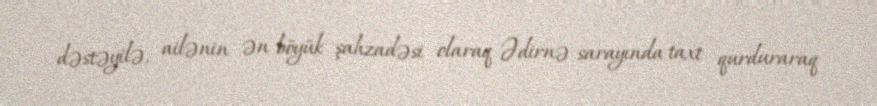
dəstəyilə, ailənin ən böyük şahzadəsi olaraq Ədirnə sarayında taxt qurduraraq